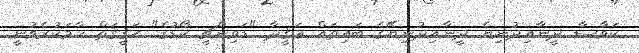
ކަވާސާ ދީނާއިދުނިޔެ ދީނާއިދުނިޔޭގެ ބައިތައް ޢަޤީދާ "ޑަވިންޗީ ކޯޑުގެ" ޙަޤީޤަތް ހާމަކުރެވުނީ